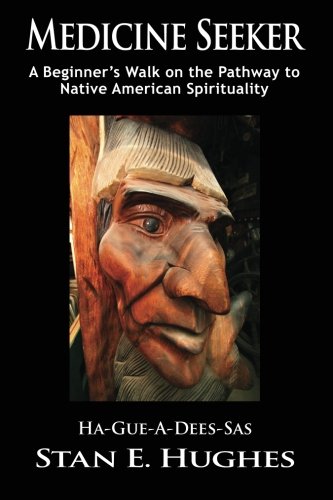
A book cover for Medicine Seeker: A Beginner's Walk on the Pathway to Native American Spirituality; Stan E Hughes; Biographies & Memoirs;